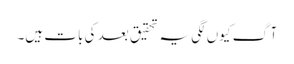
آگ کیوں لگی یہ تحقیق بعد کی بات ہیں۔